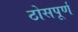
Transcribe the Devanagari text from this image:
ठोसपूर्ण